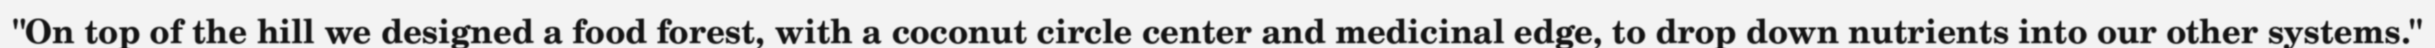
"On top of the hill we designed a food forest, with a coconut circle center and medicinal edge, to drop down nutrients into our other systems."